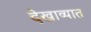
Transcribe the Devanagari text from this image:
देखाव्यात